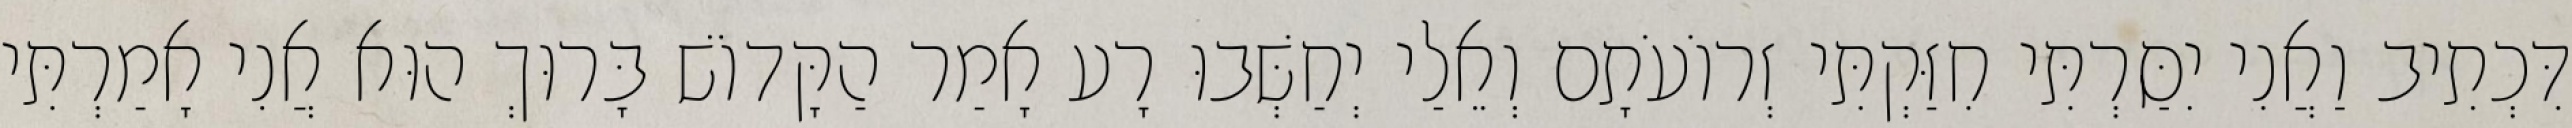
דִּכְתִיב וַאֲנִי יִסַּרְתִּי חִזַּקְתִּי זְרוֹעֹתָם וְאֵלַי יְחַשְּׁבוּ רָע אָמַר הַקָּדוֹשׁ בָּרוּךְ הוּא אֲנִי אָמַרְתִּי